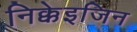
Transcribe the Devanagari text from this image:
निक्केइजिन